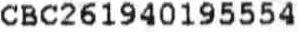
CBC261940195554